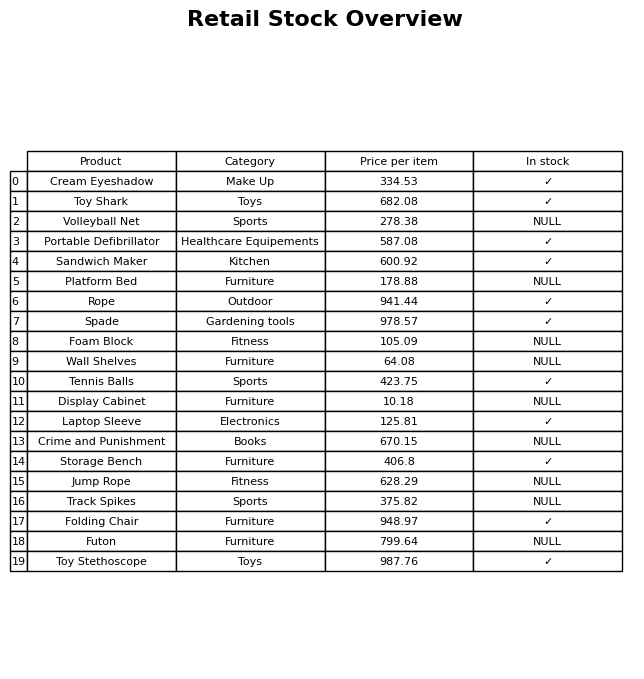
question: Is the Futon in stock?
answer: NULL